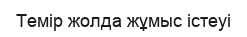
Темір жолда жұмыс істеуі